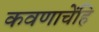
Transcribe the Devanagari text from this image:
कवणाचेंहि